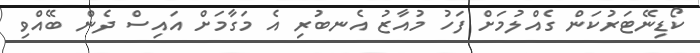
ކޯޑިނޭޓަރުކަން ގެއްލުމަށް ފަހު މުއާޒު އެނބުރި އެ މަގާމަށް އައިސް ދެން ބޭއްވި